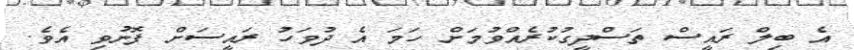
އެ ބިލް ރައީސް ތަސްދީގުކުރެއްވުމަށް ހަމަ އެ ދުވަހު ރައީސަށް ފޮނުވި އެވެ.